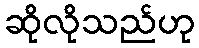
ဆိုလိုသည်ဟု